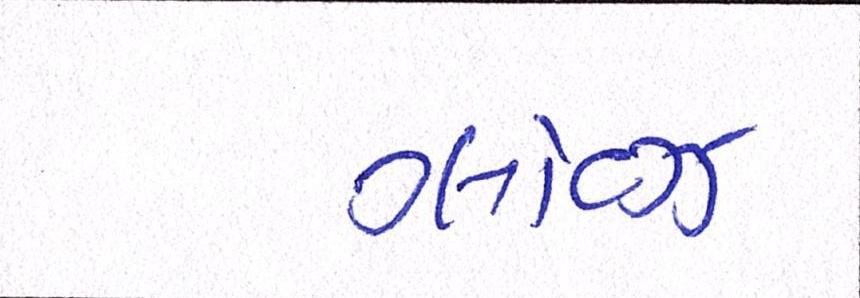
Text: ગ્લૉવ્ઝ